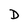
Character: D